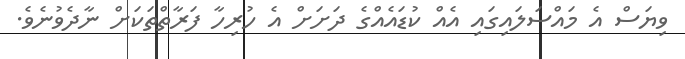
ވިޔަސް އެ މައްސަލައިގައި އެއް ކުޑައެއްގެ ދަށަށް އެ ހުރިހާ ފަރާތްތަކަށް ނާދެވުނެވެ.